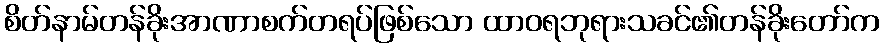
စိတ်နာမ်တန်ခိုးအာဏာစက်တရပ်ဖြစ်သော ထာဝရဘုရားသခင်၏တန်ခိုးတော်က